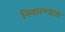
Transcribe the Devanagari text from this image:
निवारण्यास